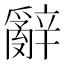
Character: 辭